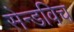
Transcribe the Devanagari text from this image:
सेन्डविच